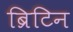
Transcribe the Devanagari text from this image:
ब्रिटिन